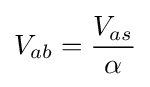
V_{ab}={\frac {V_{as}}{\alpha }}